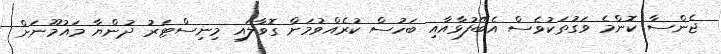
ޖެންސާ ކޮންމެ ވަގުތަކުވެސް އެބޭފުޅާއާއި ބަހުސް ކުރެއްވުމަށް ގޮވާލައި މިނިސްޓަރު ދުންޔާ މައުމޫނަށް